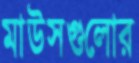
মাউসগুলোর